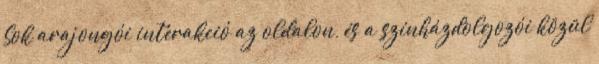
Sok arajongói interakció az oldalon, és a színházdolgozói közül